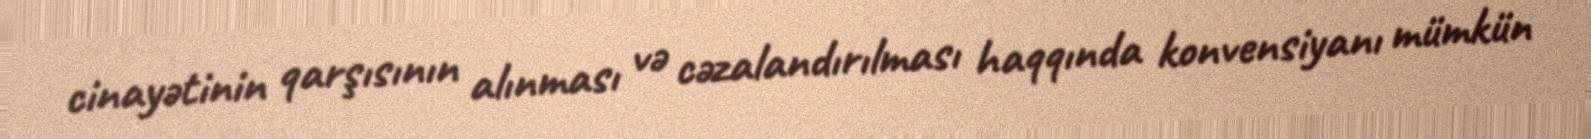
cinayətinin qarşısının alınması və cəzalandırılması haqqında konvensiyanı mümkün